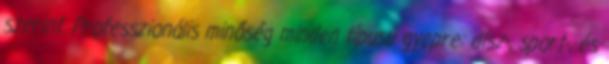
szerint. Professzionális minőség minden típusú gyepre: dísz-, sport-, és